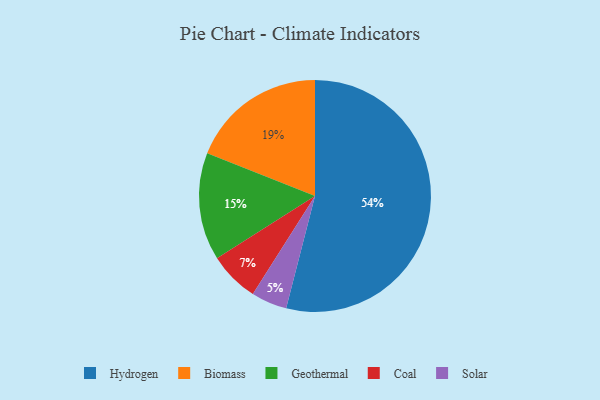
{"axis": {"x": "Category", "y": "Percentage"}, "legend": ["Biomass", "Coal", "Geothermal", "Hydrogen", "Solar"], "data": [{"x": "Solar", "y": 5, "type": "Solar"}, {"x": "Geothermal", "y": 15, "type": "Geothermal"}, {"x": "Hydrogen", "y": 54, "type": "Hydrogen"}, {"x": "Coal", "y": 7, "type": "Coal"}, {"x": "Biomass", "y": 19, "type": "Biomass"}]}